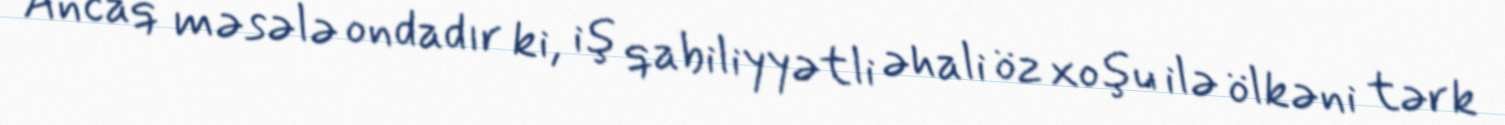
Ancaq məsələ ondadır ki, iş qabiliyyətli əhali öz xoşu ilə ölkəni tərk